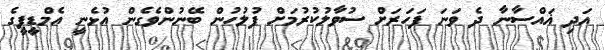
އަދި ޣައްސާނާ ދެ ވަނަ ފަހަރަށް ސުވާލުކުރުމަށް ފުލުހުން ބޭނުންވެގެން އުޅެނީ އެމްޑީޕީގެ